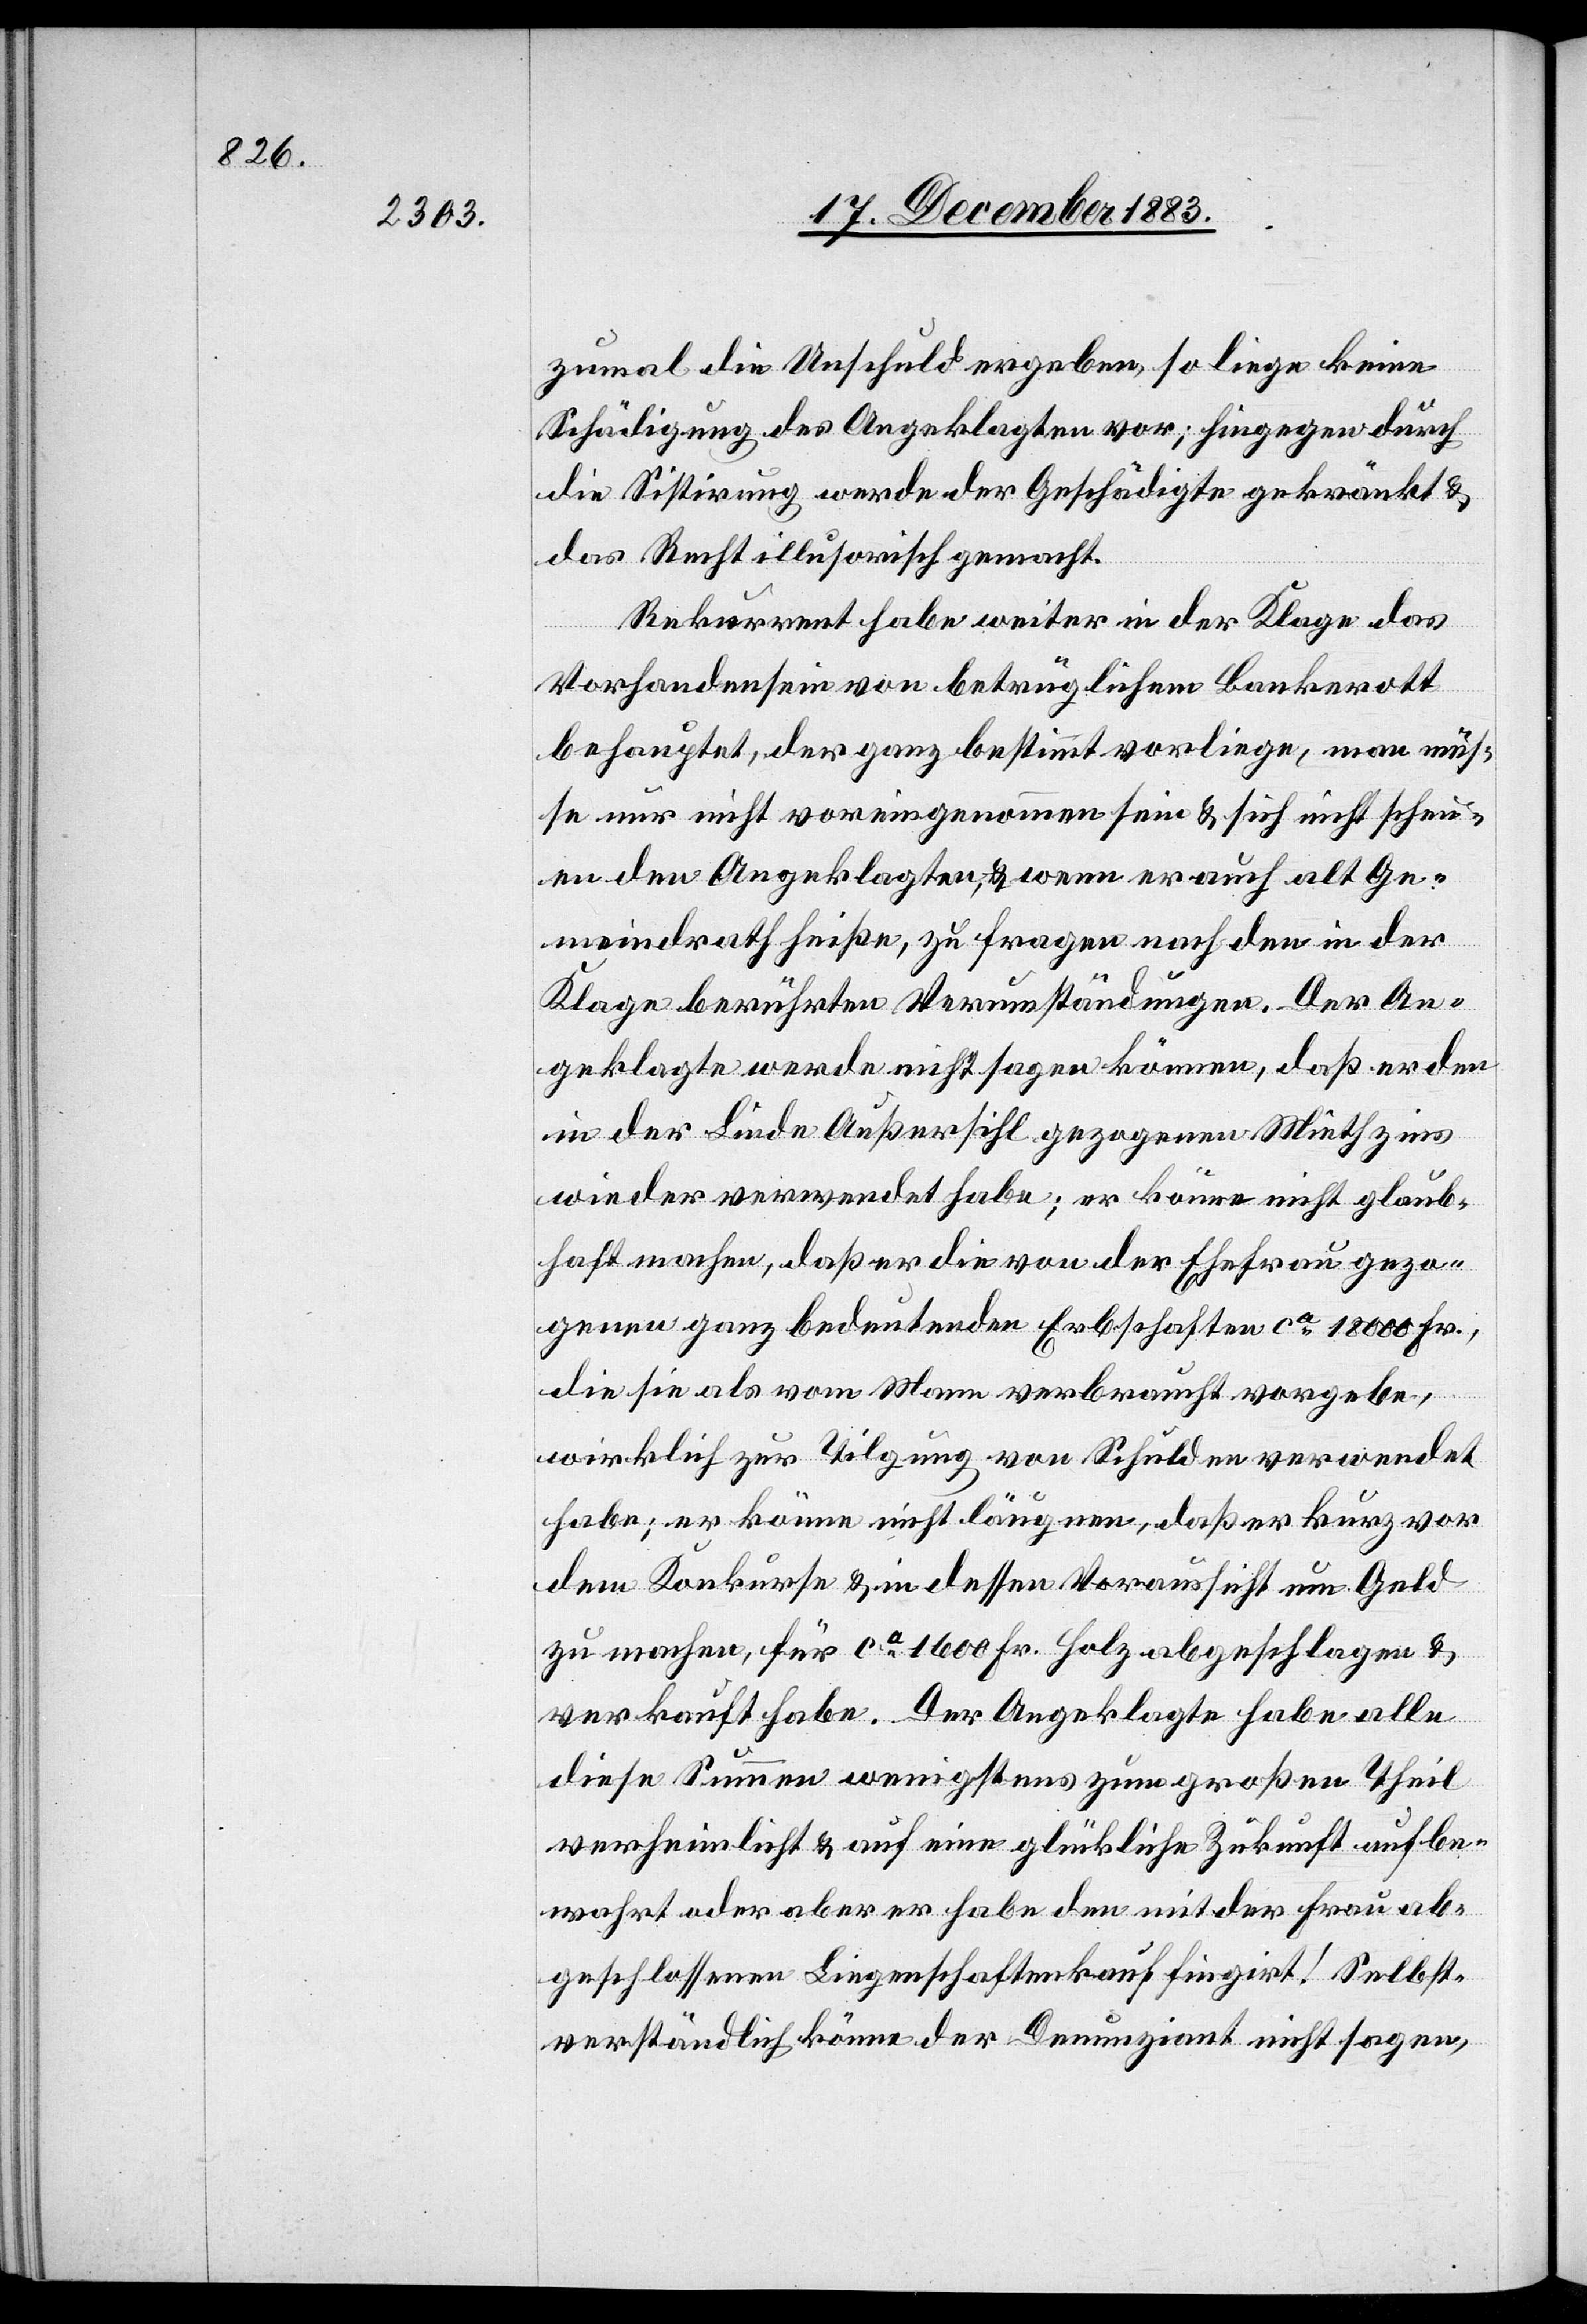
zumal die Unschuld ergeben, so liege keine
Schädigung des Angeklagten vor; hingegen durch
die Sistirung werde der Geschädigte gekränkt &
das Recht illusorisch gemacht.
Rekurrent habe weiter in der Klage das
Vorhandensein von betrüglichem Bankerott
behauptet, der ganz bestimmt vorliege, man müs¬
se nur nicht voreingenommen sein & sich nicht scheu¬
en den Angeklagten, & wenn er auch alt Ge¬
meindrath heiße, zu fragen nach den in der
Klage berührten Verumständungen. Der An¬
geklagte werde nicht sagen können, daß er den
in der Linde Außersihl gezogenen Miethzins
wieder verwendet habe; er könne nicht glaub¬
haft machen, daß er die von der Ehefrau gezo¬
genen ganz bedeutenden Erbschaften ca 18000 Fr.,
die sie als vom Manne verbraucht vorgebe,
wirklich zur Tilgung von Schulden verwendet
habe; er könne nicht läugnen, daß er kurz vor
dem Konkurse & in dessen Voraussicht um Geld
zu machen, für ca 1600 Fr. Holz abgeschlagen &
verkauft habe. Der Angeklagte habe alle
diese Summen wenigstens zum großen Theil
verheimlicht & auf eine glückliche Zukunft aufbe¬
wahrt oder aber er habe den mit der Frau ab¬
geschlossenen Liegenschaftenkauf fingirt! Selbst¬
verständlich könne der Denunziant nicht sagen,